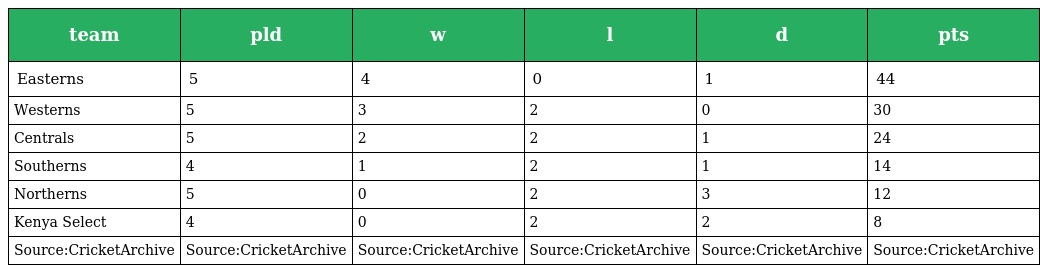
| team | pld | w | l | d | pts |
 | --- | --- | --- | --- | --- | --- |
 | Easterns | 5 | 4 | 0 | 1 | 44 |
 | Westerns | 5 | 3 | 2 | 0 | 30 |
 | Centrals | 5 | 2 | 2 | 1 | 24 |
 | Southerns | 4 | 1 | 2 | 1 | 14 |
 | Northerns | 5 | 0 | 2 | 3 | 12 |
 | Kenya Select | 4 | 0 | 2 | 2 | 8 |
 | Source:CricketArchive | Source:CricketArchive | Source:CricketArchive | Source:CricketArchive | Source:CricketArchive | Source:CricketArchive |